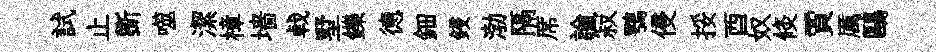
試止斵噬潔樟墙㦸墅鑠德鈿鋟渤隔席論寂鶚侵挼酉奴倐賈厲鷗